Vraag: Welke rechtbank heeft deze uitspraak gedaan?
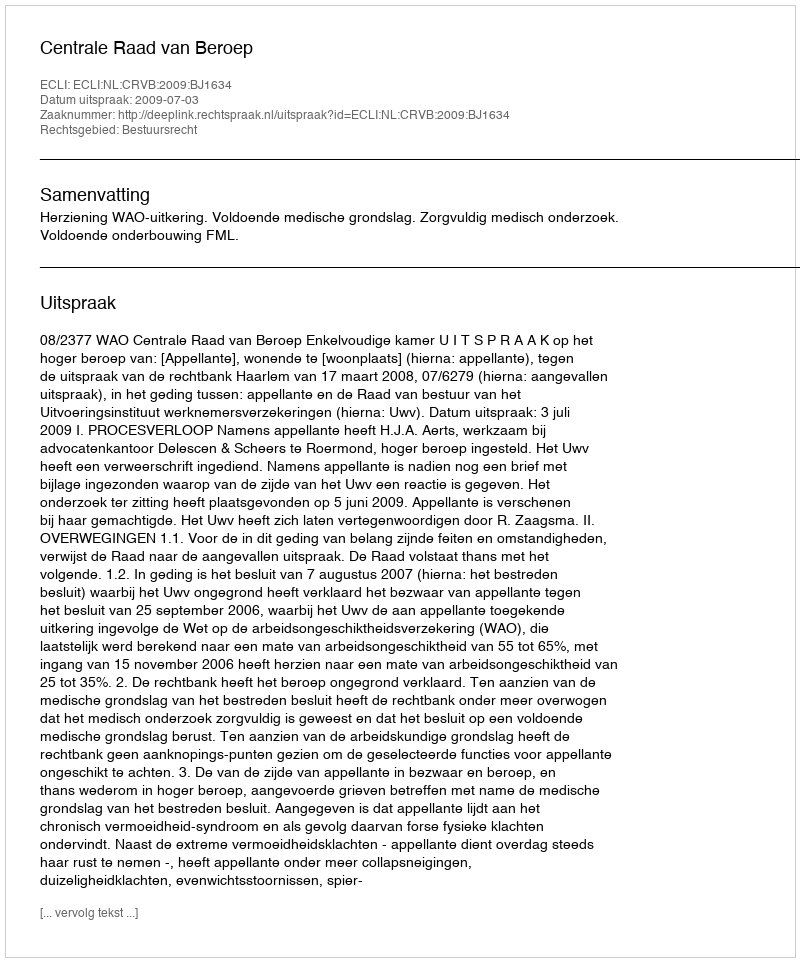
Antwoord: Centrale Raad van Beroep